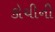
કોચીની